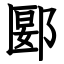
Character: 郾